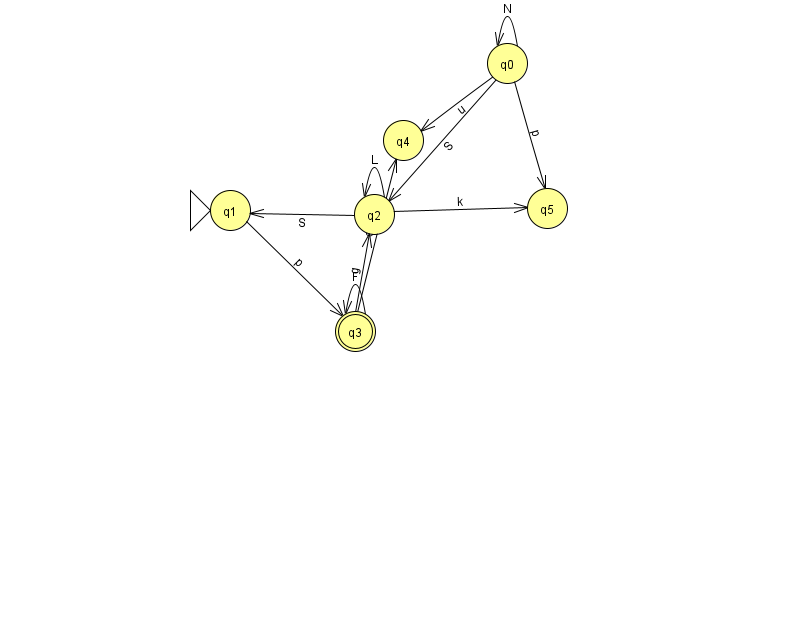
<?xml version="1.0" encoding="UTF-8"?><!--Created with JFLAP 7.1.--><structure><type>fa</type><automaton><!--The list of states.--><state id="0" name="q0"><x>507.0</x><y>50.0</y></state><state id="1" name="q1"><x>230.0</x><y>197.0</y><initial/></state><state id="2" name="q2"><x>374.0</x><y>201.0</y></state><state id="3" name="q3"><x>355.0</x><y>318.0</y><final/></state><state id="4" name="q4"><x>403.0</x><y>127.0</y></state><state id="5" name="q5"><x>547.0</x><y>195.0</y></state><!--The list of transitions.--><transition><from>1</from><to>3</to><read>p</read></transition><transition><from>2</from><to>1</to><read>S</read></transition><transition><from>3</from><to>2</to><read>g</read></transition><transition><from>0</from><to>4</to><read>u</read></transition><transition><from>3</from><to>3</to><read>F</read></transition><transition><from>0</from><to>5</to><read>p</read></transition><transition><from>2</from><to>5</to><read>k</read></transition><transition><from>0</from><to>2</to><read>S</read></transition><transition><from>3</from><to>4</to><read>q</read></transition><transition><from>2</from><to>2</to><read>L</read></transition><transition><from>0</from><to>0</to><read>N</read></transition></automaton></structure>